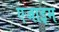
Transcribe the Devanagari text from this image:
एजाइम